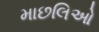
માછલિઓ